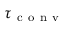
\tau _ { \mathrm { ~ c ~ o ~ n ~ v ~ } }